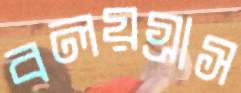
বলয়গ্রাস